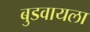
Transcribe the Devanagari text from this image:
बुडवायला